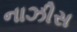
નાઝીસ